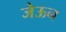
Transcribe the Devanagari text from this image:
जेऊन